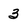
Character: 3